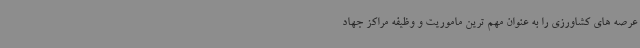
عرصه های کشاورزی را به عنوان مهم ترین ماموریت و وظیفه مراکز جهاد